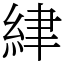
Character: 䋖